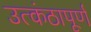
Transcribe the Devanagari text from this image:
उत्कंठापूर्ण